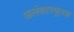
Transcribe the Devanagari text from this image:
अलंकारमूलक